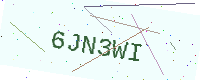
Text: 6JN3WI